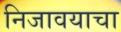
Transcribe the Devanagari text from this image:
निजावयाचा